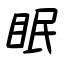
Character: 眠